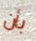
بأن